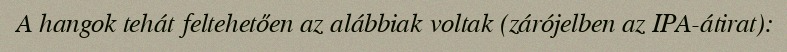
A hangok tehát feltehetően az alábbiak voltak (zárójelben az IPA-átirat):